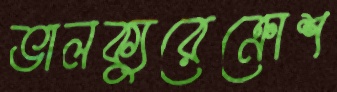
ভালক্যুরেক্রোশ